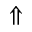
\Uparrow